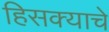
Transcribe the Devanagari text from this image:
हिसक्याचे